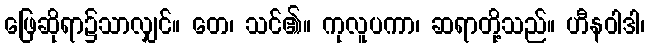
ဖြေဆိုရာ၌သာလျှင်။ တေ၊ သင်၏။ ကုလူပကာ၊ ဆရာတို့သည်။ ဟီနဝါဒါ၊